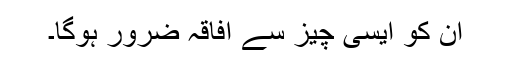
ان کو ایسی چیز سے افاقہ ضرور ہوگا۔